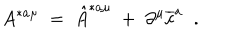
LaTeX: A ^ { * a \mu } \; = \; \hat { A } ^ { * a \mu } \; + \; \partial ^ { \mu } \overline { { { c } } } ^ { a } \; \; .